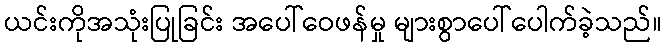
ယင်းကိုအသုံးပြုခြင်း အပေါ်ဝေဖန်မှု များစွာပေါ်ပေါက်ခဲ့သည်။